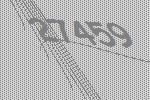
27459